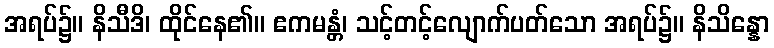
အရပ်၌။ နိသီဒိ၊ ထိုင်နေ၏။ ဧကမန္တံ၊ သင့်တင့်လျောက်ပတ်သော အရပ်၌။ နိသိန္နော